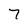
Character: 7